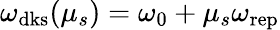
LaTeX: \omega_{\mathrm{dks}}(\mu_{s})=\omega_{\mathrm{0}}+\mu_{s}\omega_{\mathrm{rep}}